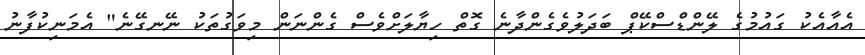
އެއާއެކު ގައުމުގެ ލޭންޑްސްކޭޕް ބަދަލުވެގެންދާނެ ގޮތް ހިޔާލަށްވެސް ގެންނަން މިވަގުތަކު ނޭނގޭނެ" އެމަނިކުފާނު